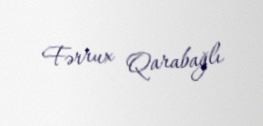
Fərrux Qarabağlı